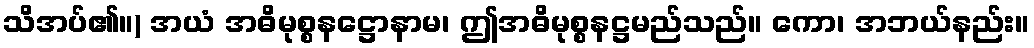
သိအပ်၏။) အယံ အဓိမုစ္စနဋ္ဌောနာမ၊ ဤအဓိမုစ္စနဋ္ဌမည်သည်။ ကော၊ အဘယ်နည်း။